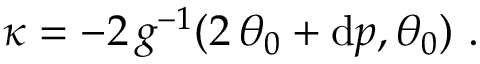
\kappa = - 2 \, g ^ { - 1 } ( 2 \, \theta _ { 0 } + \mathrm { d } p , \theta _ { 0 } ) \ .